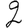
Digit: 2